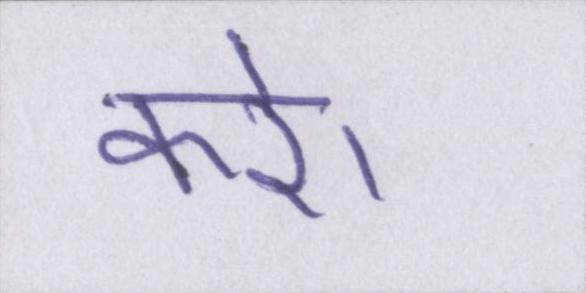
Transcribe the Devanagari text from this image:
करे।